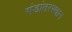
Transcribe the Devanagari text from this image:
गंडांतरस्थान